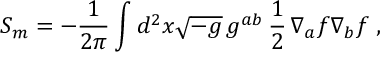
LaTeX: S _ { m } = - { \frac { 1 } { 2 \pi } } \int d ^ { 2 } x \sqrt { - g } \, g ^ { a b } \, { \frac { 1 } { 2 } } \, \nabla _ { a } f \nabla _ { b } f \; ,